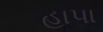
હાપા